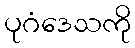
ပုဂံဒေသကို